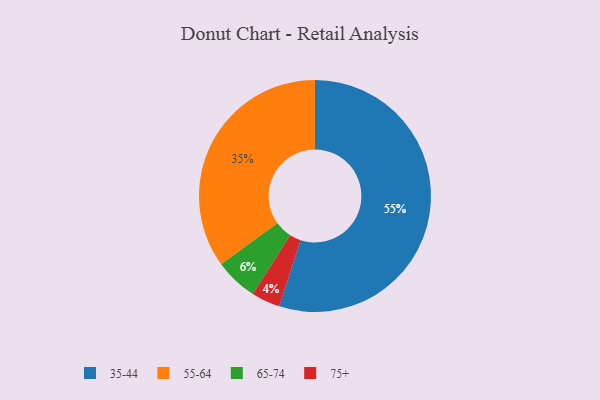
{"axis": {"x": "Category", "y": "Percentage"}, "legend": ["35-44", "55-64", "65-74", "75+"], "data": [{"x": "55-64", "y": 35, "type": "55-64"}, {"x": "65-74", "y": 6, "type": "65-74"}, {"x": "75+", "y": 4, "type": "75+"}, {"x": "35-44", "y": 55, "type": "35-44"}]}